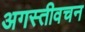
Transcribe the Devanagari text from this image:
अगस्तीवचन